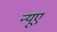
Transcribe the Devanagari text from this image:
न्‍यूए